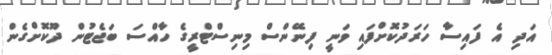
އަދި އެ ފައިސާ ހަރަދުކޮށްފައި ވަނީ ފިނޭންސް މިނިސްޓްރީގެ ހާއްސަ ބަޖެޓުން ދޫކޮށްގެން